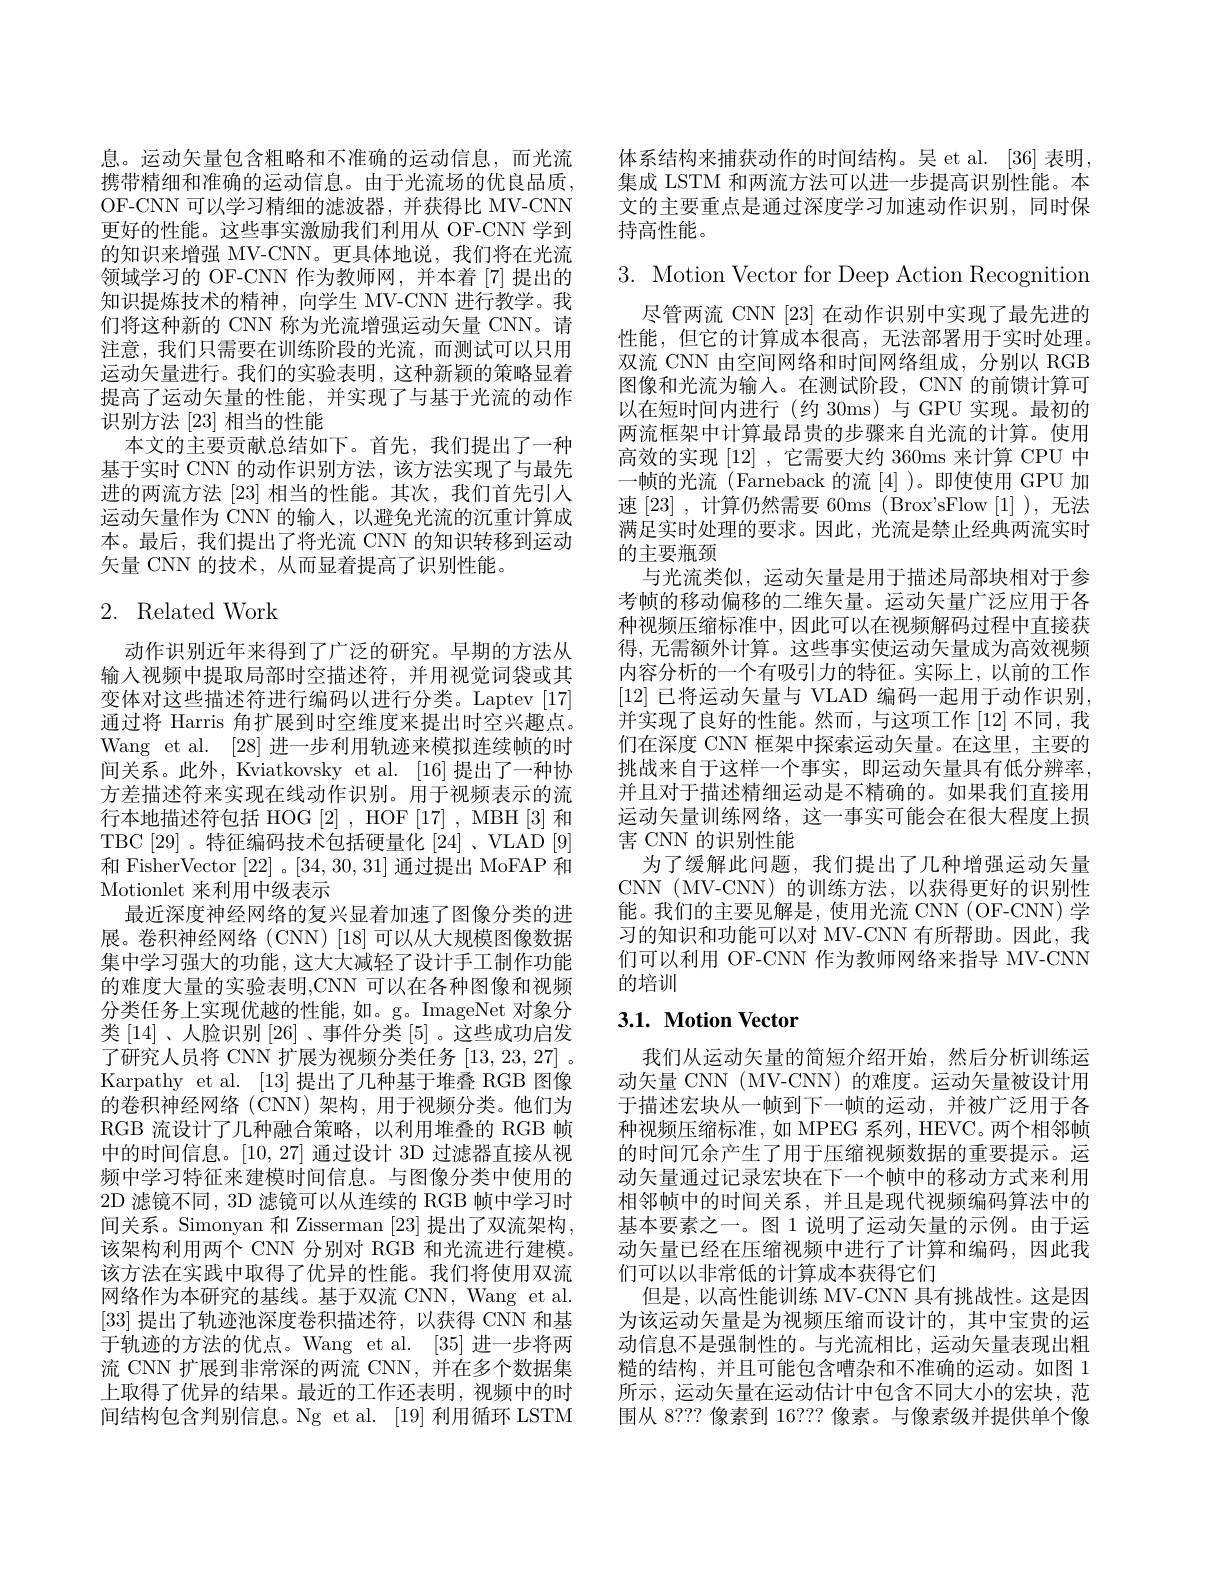
息。运动矢量包含粗略和不准确的运动信息，而光流携带精细和准确的运动信息。由于光流场的优良品质， OF-CNN可以学习精细的滤波器，并获得比 MV-CNN 更好的性能。这些事实激励我们利用从 OF-CNN 学到的知识来增强 MV-CNN。更具体地说，我们将在光流领域学习的 OF-CNN 作为教师网，并本着[7]提出的知识提炼技术的精神，向学生 MV-CNN 进行教学。我们将这种新的 CNN 称为光流增强运动矢量 CNN。请注意，我们只需要在训练阶段的光流，而测试可以只用运动矢量进行。我们的实验表明，这种新颖的策略显着提高了运动矢量的性能，并实现了与基于光流的动作识别方法[23]相当的性能
本文的主要贡献总结如下。首先，我们提出了一种基于实时 CNN 的动作识别方法，该方法实现了与最先进的两流方法 [23] 相当的性能。其次，我们首先引人运动矢量作为 CNN 的输入，以避免光流的沉重计算成本。最后，我们提出了将光流 CNN 的知识转移到运动矢量 CNN 的技术，从而显着提高了识别性能。

# 2. Related Work

动作识别近年来得到了广泛的研究。早期的方法从输入视频中提取局部时空描述符，并用视觉词袋或其变体对这些描述符进行编码以进行分类。Laptev [17] 通过将 Harris 角扩展到时空维度来提出时空兴趣点。Wang et al. [28]进一步利用轨迹来模拟连续帧的时间关系。此外，Kviatkovsky et al. [16] 提出了一种协方差描述符来实现在线动作识别。用于视频表示的流行本地描述符包括 HOG [2], HOF [17], MBH [3]和TBC[29]。特征编码技术包括硬量化[24]、VLAD[9] 和 FisherVector [22] 。[34,30,31]通过提出 MoFAP 和Motionlet 来利用中级表示
最近深度神经网络的复兴显着加速了图像分类的进展。卷积神经网络(CNN)[18]可以从大规模图像数据集中学习强大的功能，这大大减轻了设计手工制作功能的难度大量的实验表明，CNN 可以在各种图像和视频分类任务上实现优越的性能，如。g。ImageNet 对象分类$\left[14\right]$、人脸识别$\left[26\right]$、事件分类$\left[5\right]$。这些成功启发了研究人员将 CNN 扩展为视频分类任务[13,23,27] 。Karpathy et al. [13]提出了几种基于堆叠 RGB 图像的卷积神经网络(CNN)架构，用于视频分类。他们为RGB 流设计了几种融合策略，以利用堆叠的 RGB 帧中的时间信息。[10,27]通过设计 3D 过滤器直接从视频中学习特征来建模时间信息。与图像分类中使用的2D 滤镜不同，3D 滤镜可以从连续的 RGB 帧中学习时间关系。Simonyan 和 Zisserman [23]提出了双流架构， 该架构利用两个 CNN 分别对 RGB 和光流进行建模。该方法在实践中取得了优异的性能。我们将使用双流网络作为本研究的基线。基于双流 CNN, Wang et al. [33]提出了轨迹池深度卷积描述符，以获得 CNN 和基于轨迹的方法的优点。Wang et al. [35]进一步将两流 CNN 扩展到非常深的两流 CNN,并在多个数据集上取得了优异的结果。最近的工作还表明，视频中的时间结构包含判别信息。Ng et al. [19] 利用循环 LSTM

体系结构来捕获动作的时间结构。吴 et al. [36] 表明， 集成 LSTM 和两流方法可以进一步提高识别性能。本文的主要重点是通过深度学习加速动作识别，同时保持高性能。

3. Motion Vector for Deep Action Recognition

尽管两流 CNN [23] 在动作识别中实现了最先进的性能，但它的计算成本很高，无法部署用于实时处理。双流 CNN 由空间网络和时间网络组成，分别以 RGB 图像和光流为输入。在测试阶段，CNN 的前馈计算可以在短时间内进行(约 30ms)与 GPU 实现。最初的两流框架中计算最昂贵的步骤来自光流的计算。使用高效的实现[12] ,它需要大约 360ms 来计算 CPU 中一帧的光流(Farneback 的流[4])。即使使用 GPU 加速[23] ,计算仍然需要 60ms (Brox'sFlow [1]),无法满足实时处理的要求。因此，光流是禁止经典两流实时的主要瓶颈
与光流类似，运动矢量是用于描述局部块相对于参考帧的移动偏移的二维矢量。运动矢量广泛应用于各种视频压缩标准中，因此可以在视频解码过程中直接获得，无需额外计算。这些事实使运动矢量成为高效视频内容分析的一个有吸引力的特征。实际上，以前的工作[12] 已将运动矢量与 VLAD 编码一起用于动作识别， 并实现了良好的性能。然而，与这项工作[12]不同，我们在深度 CNN 框架中探索运动矢量。在这里，主要的挑战来自于这样一个事实，即运动矢量具有低分辨率， 并且对于描述精细运动是不精确的。如果我们直接用运动矢量训练网络，这一事实可能会在很大程度上损害 CNN 的识别性能
为了缓解此问题，我们提出了几种增强运动矢量CNN (MV-CNN)的训练方法，以获得更好的识别性能。我们的主要见解是，使用光流 CNN (OF-CNN) 学习的知识和功能可以对 MV-CNN 有所帮助。因此，我们可以利用 OF-CNN 作为教师网络来指导 MV-CNN 的培训

# 3.1. Motion Vector

我们从运动矢量的简短介绍开始，然后分析训练运动矢量 CNN (MV-CNN) 的难度。运动矢量被设计用于描述宏块从一帧到下一帧的运动，并被广泛用于各种视频压缩标准，如 MPEG 系列，HEVC。两个相邻帧的时间冗余产生了用于压缩视频数据的重要提示。运动矢量通过记录宏块在下一个帧中的移动方式来利用相邻帧中的时间关系，并且是现代视频编码算法中的基本要素之一。图 1 说明了运动矢量的示例。由于运动矢量已经在压缩视频中进行了计算和编码，因此我们可以以非常低的计算成本获得它们
但是，以高性能训练 MV-CNN 具有挑战性。这是因为该运动矢量是为视频压缩而设计的，其中宝贵的运动信息不是强制性的。与光流相比，运动矢量表现出粗糙的结构，并且可能包含嘈杂和不准确的运动。如图 1所示，运动矢量在运动估计中包含不同大小的宏块，范围从 8??? 像素到 16??? 像素。与像素级并提供单个像